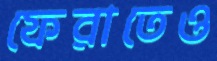
ফেরাতেও